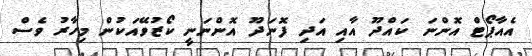
އެއާޕޯޓް އޮންނަ ކައްދޫ އާއި އަދި ފޮނަދޫ އޮންނަނީ ކޯޒުވޭއަކުން މިހާރު ވެސް